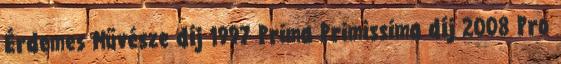
Érdemes Művésze díj 1997 Prima Primissima díj 2008 Pro